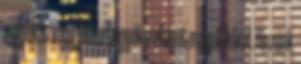
magukat vagy jobbá tegyék a világot maguk körül. Hisznek